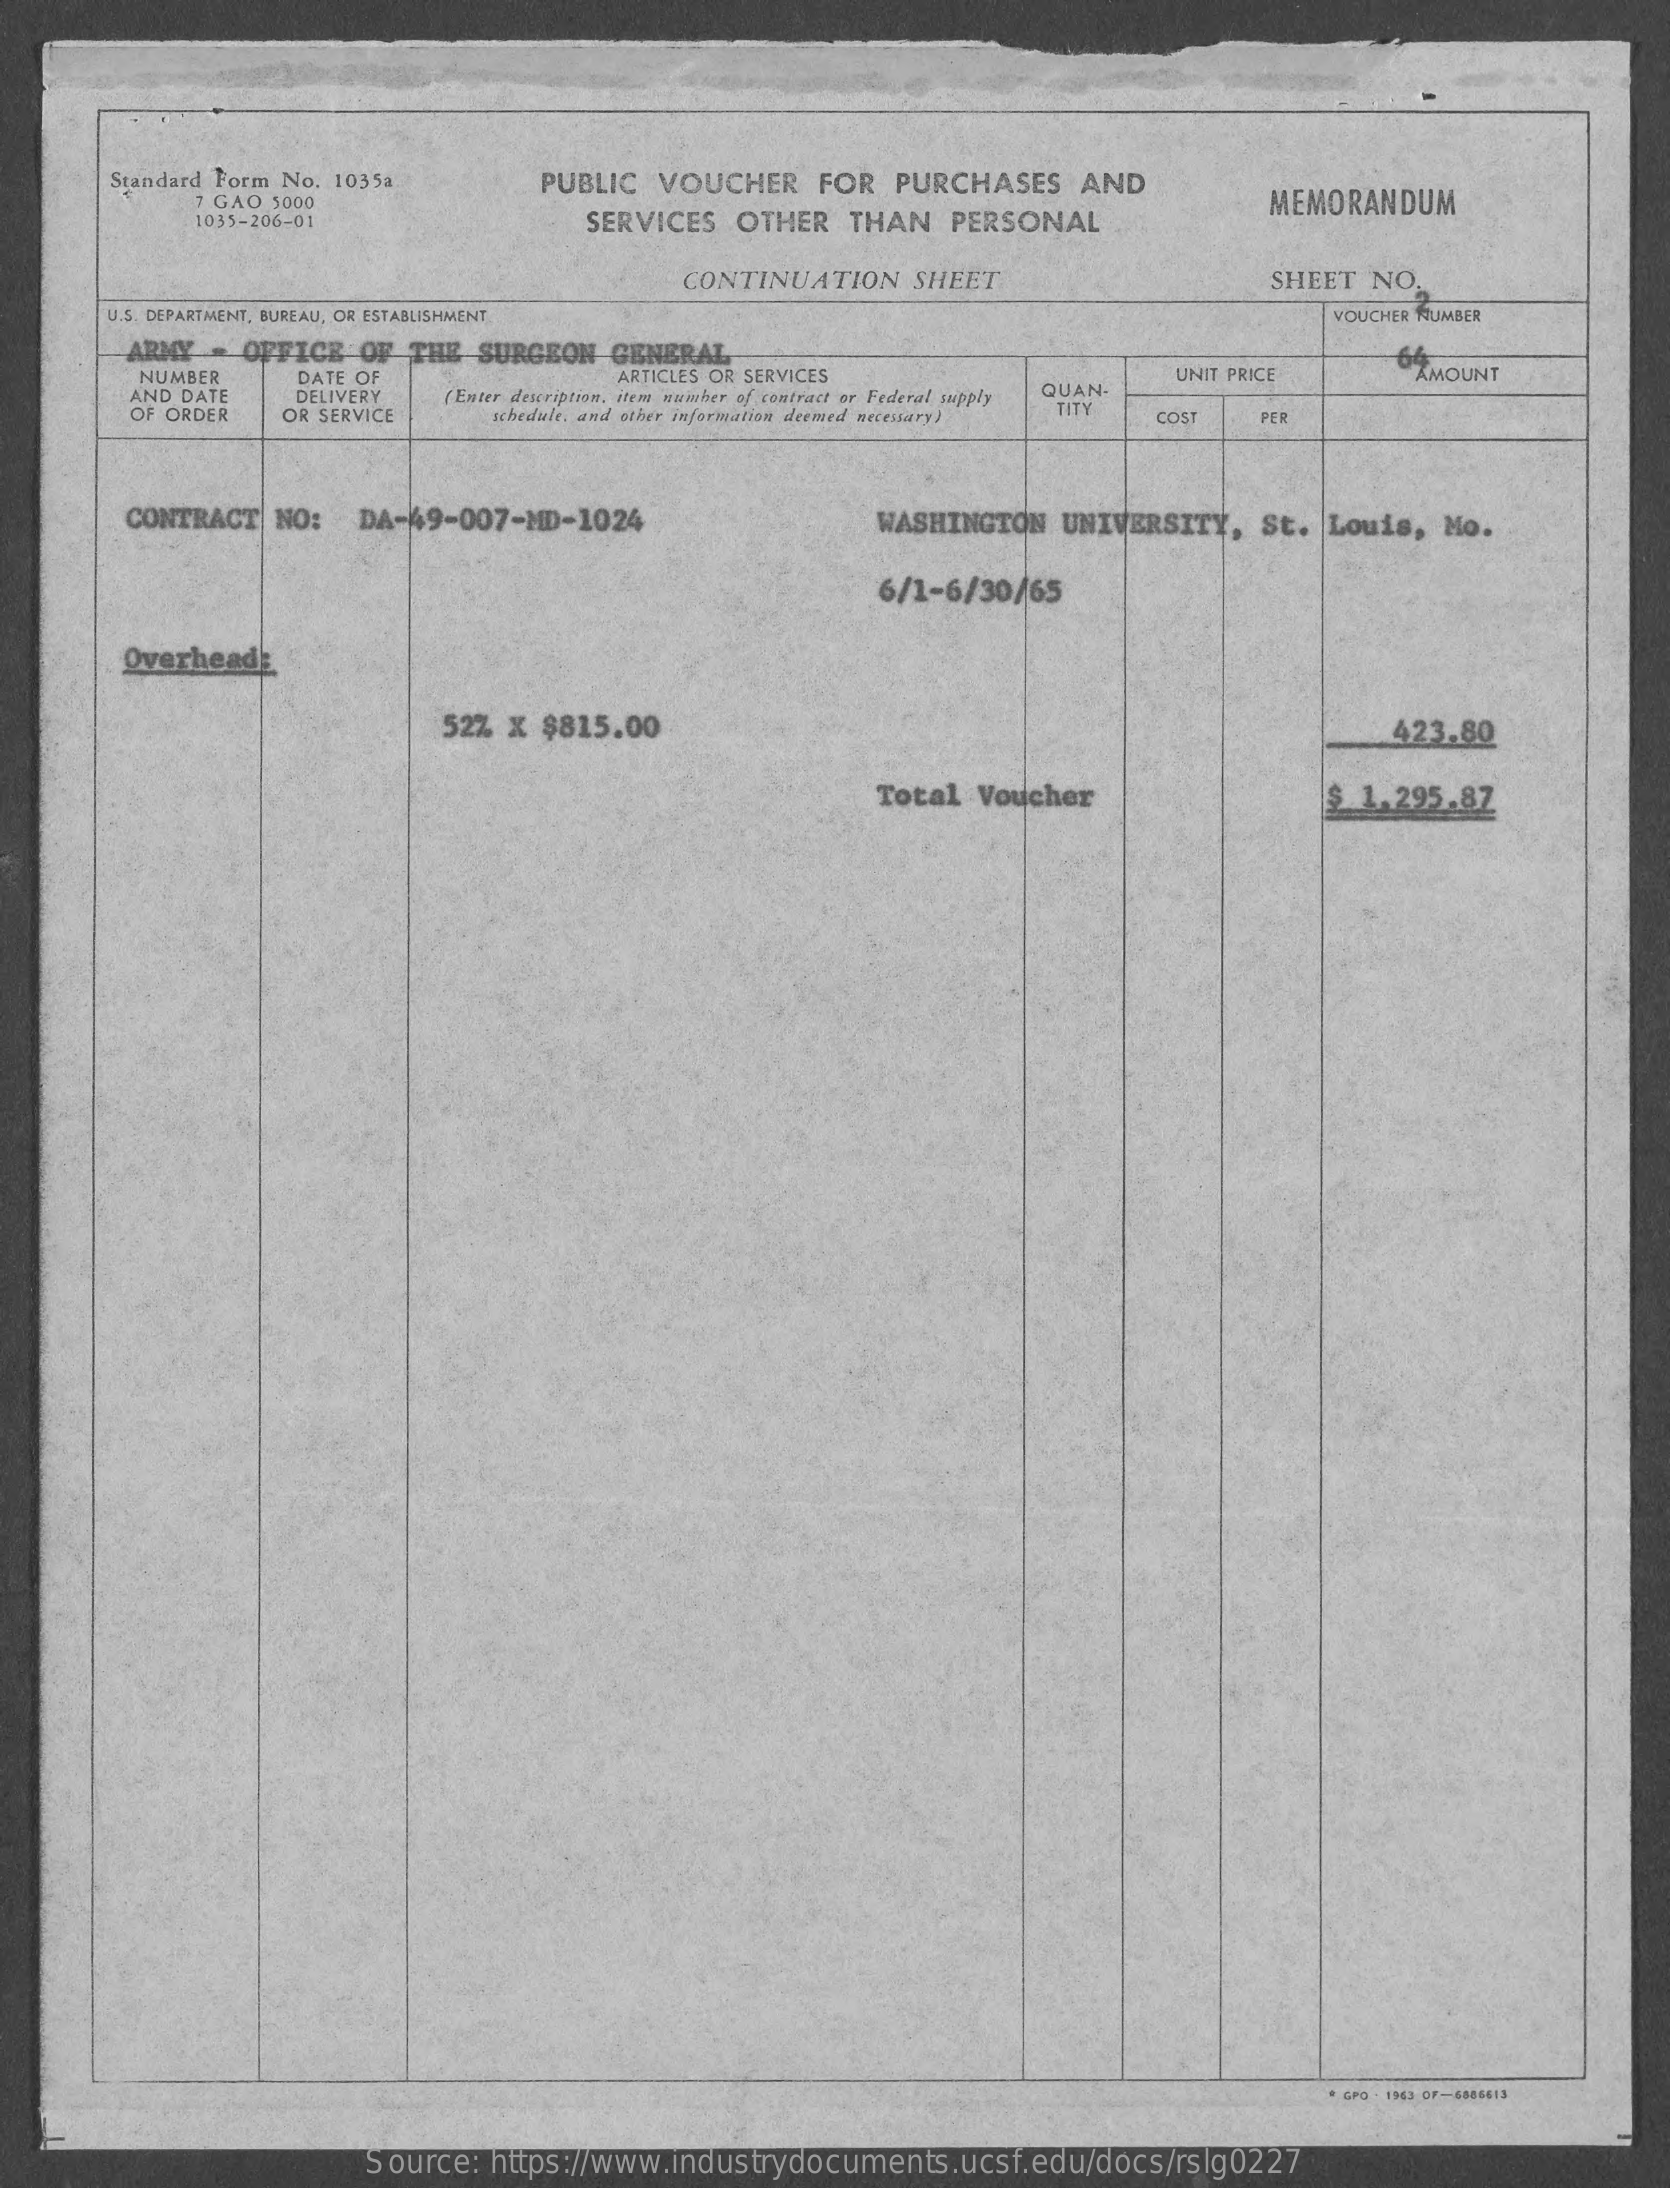
Standard Form No. 1035a    PUBLIC VOUCHER    FOR  PURCHASES    AND
     7 GAO 5000
     SERVICES  OTHER  THAN   PERSONAL
     MEMORANDUM
     1035-206-01
     CONTINUATION    SHEET    SHEET NO.
     U.S. DEPARTMENT, BUREAU, OR ESTABLISHMENT    VOUCHER HUMBER
     ARMY - OFFICE  OF  THE SURGEON  GENERAL
     NUMBER    DATE OF
     -64
     ARTICLES OR SERVICES    UNIT PRICE    AMOUNT
     AND DATE    (Enter description, items washer of contract or Federal supply QUAN-
     OF ORDER
     DELIVERY
     OR SERVICE    schedule, and other information deemed necessary? TITY COST PER
     CONTRACT NO:   DA-49-007-MD-1024    WASHINGTON  UNIVERSITY,   St.  Louis, Mo.
     6/1-6/30/65
     Overhead!
     52% x  $815.00    423.80
     Total  Voucher    $ 1.295.87
     GPO - 1963 OF-6886613
     Source:  https://www.industrydocuments.ucsf.edu/docs/rslg0227